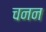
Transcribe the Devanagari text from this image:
चनन